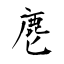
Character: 麀